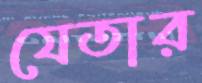
যেতার